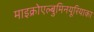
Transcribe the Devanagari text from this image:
माइक्रोएल्बुमिनयूरियाका